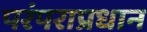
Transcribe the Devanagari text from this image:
परंपराप्रधान